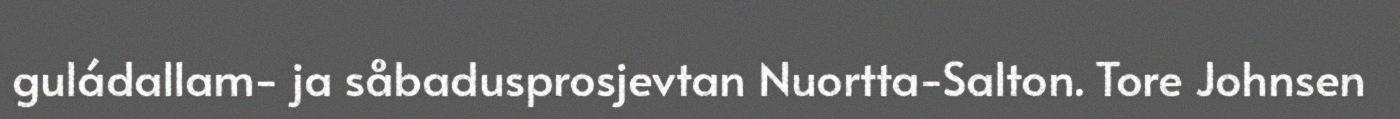
guládallam- ja såbadusprosjevtan Nuortta-Salton. Tore Johnsen